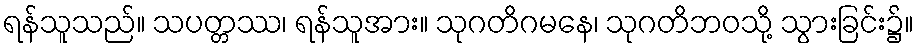
ရန်သူသည်။ သပတ္တဿ၊ ရန်သူအား။ သုဂတိဂမနေ၊ သုဂတိဘဝသို့ သွားခြင်း၌။